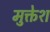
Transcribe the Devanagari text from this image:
मुक्तेश